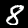
Digit: 8